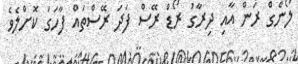
ލޯންގް ރަން އާއި ދިރާގު ރޯޑް ރޭސް ފަދަ ރޭސްތައް ފާހަގަ ކޮށްލެވެ